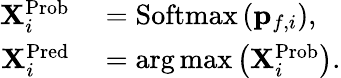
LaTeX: \begin{array}{rl}{{\mathbf X}_{i}^{\mathrm{Prob}}}&{{}=\mathrm{Softmax}\left({\mathbf p}_{f,i}\right),}\\ {{\mathbf X}_{i}^{\mathrm{Pred}}}&{{}=\arg\operatorname*{max}\left({\mathbf X}_{i}^{\mathrm{Prob}}\right).}\end{array}